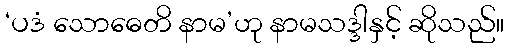
‘ပဒံ သောဓေတိ နာမ’ဟု နာမသဒ္ဒါနှင့် ဆိုသည်။